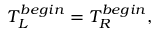
T _ { L } ^ { b e g i n } = T _ { R } ^ { b e g i n } ,